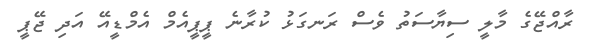
ރާއްޖޭގެ މާލީ ސިޔާސަތު ވެސް ރަނގަޅު ކުރާނެ ޕީޕީއެމް އެމްޑީއޭ އަދި ޖޭޕީ